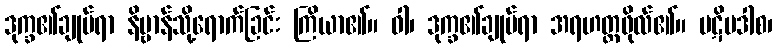
ဒုက္ခ၏ချုပ်ရာ နိဗ္ဗာန်သို့ရောက်ခြင်း ကြိယာ၏။ ဝါ၊ ဒုက္ခ၏ချုပ်ရာ အရဟတ္တဖိုလ်၏။ ပဋိပဒါစ၊